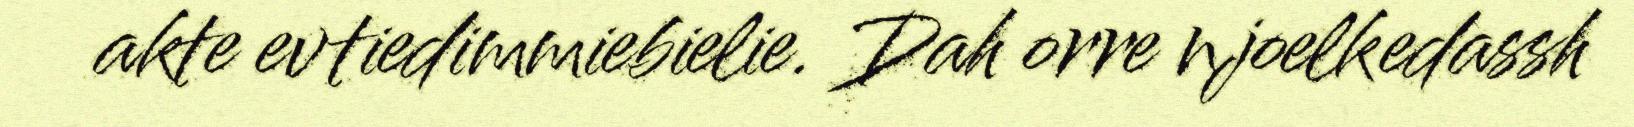
akte evtiedimmiebielie. Dah orre njoelkedassh